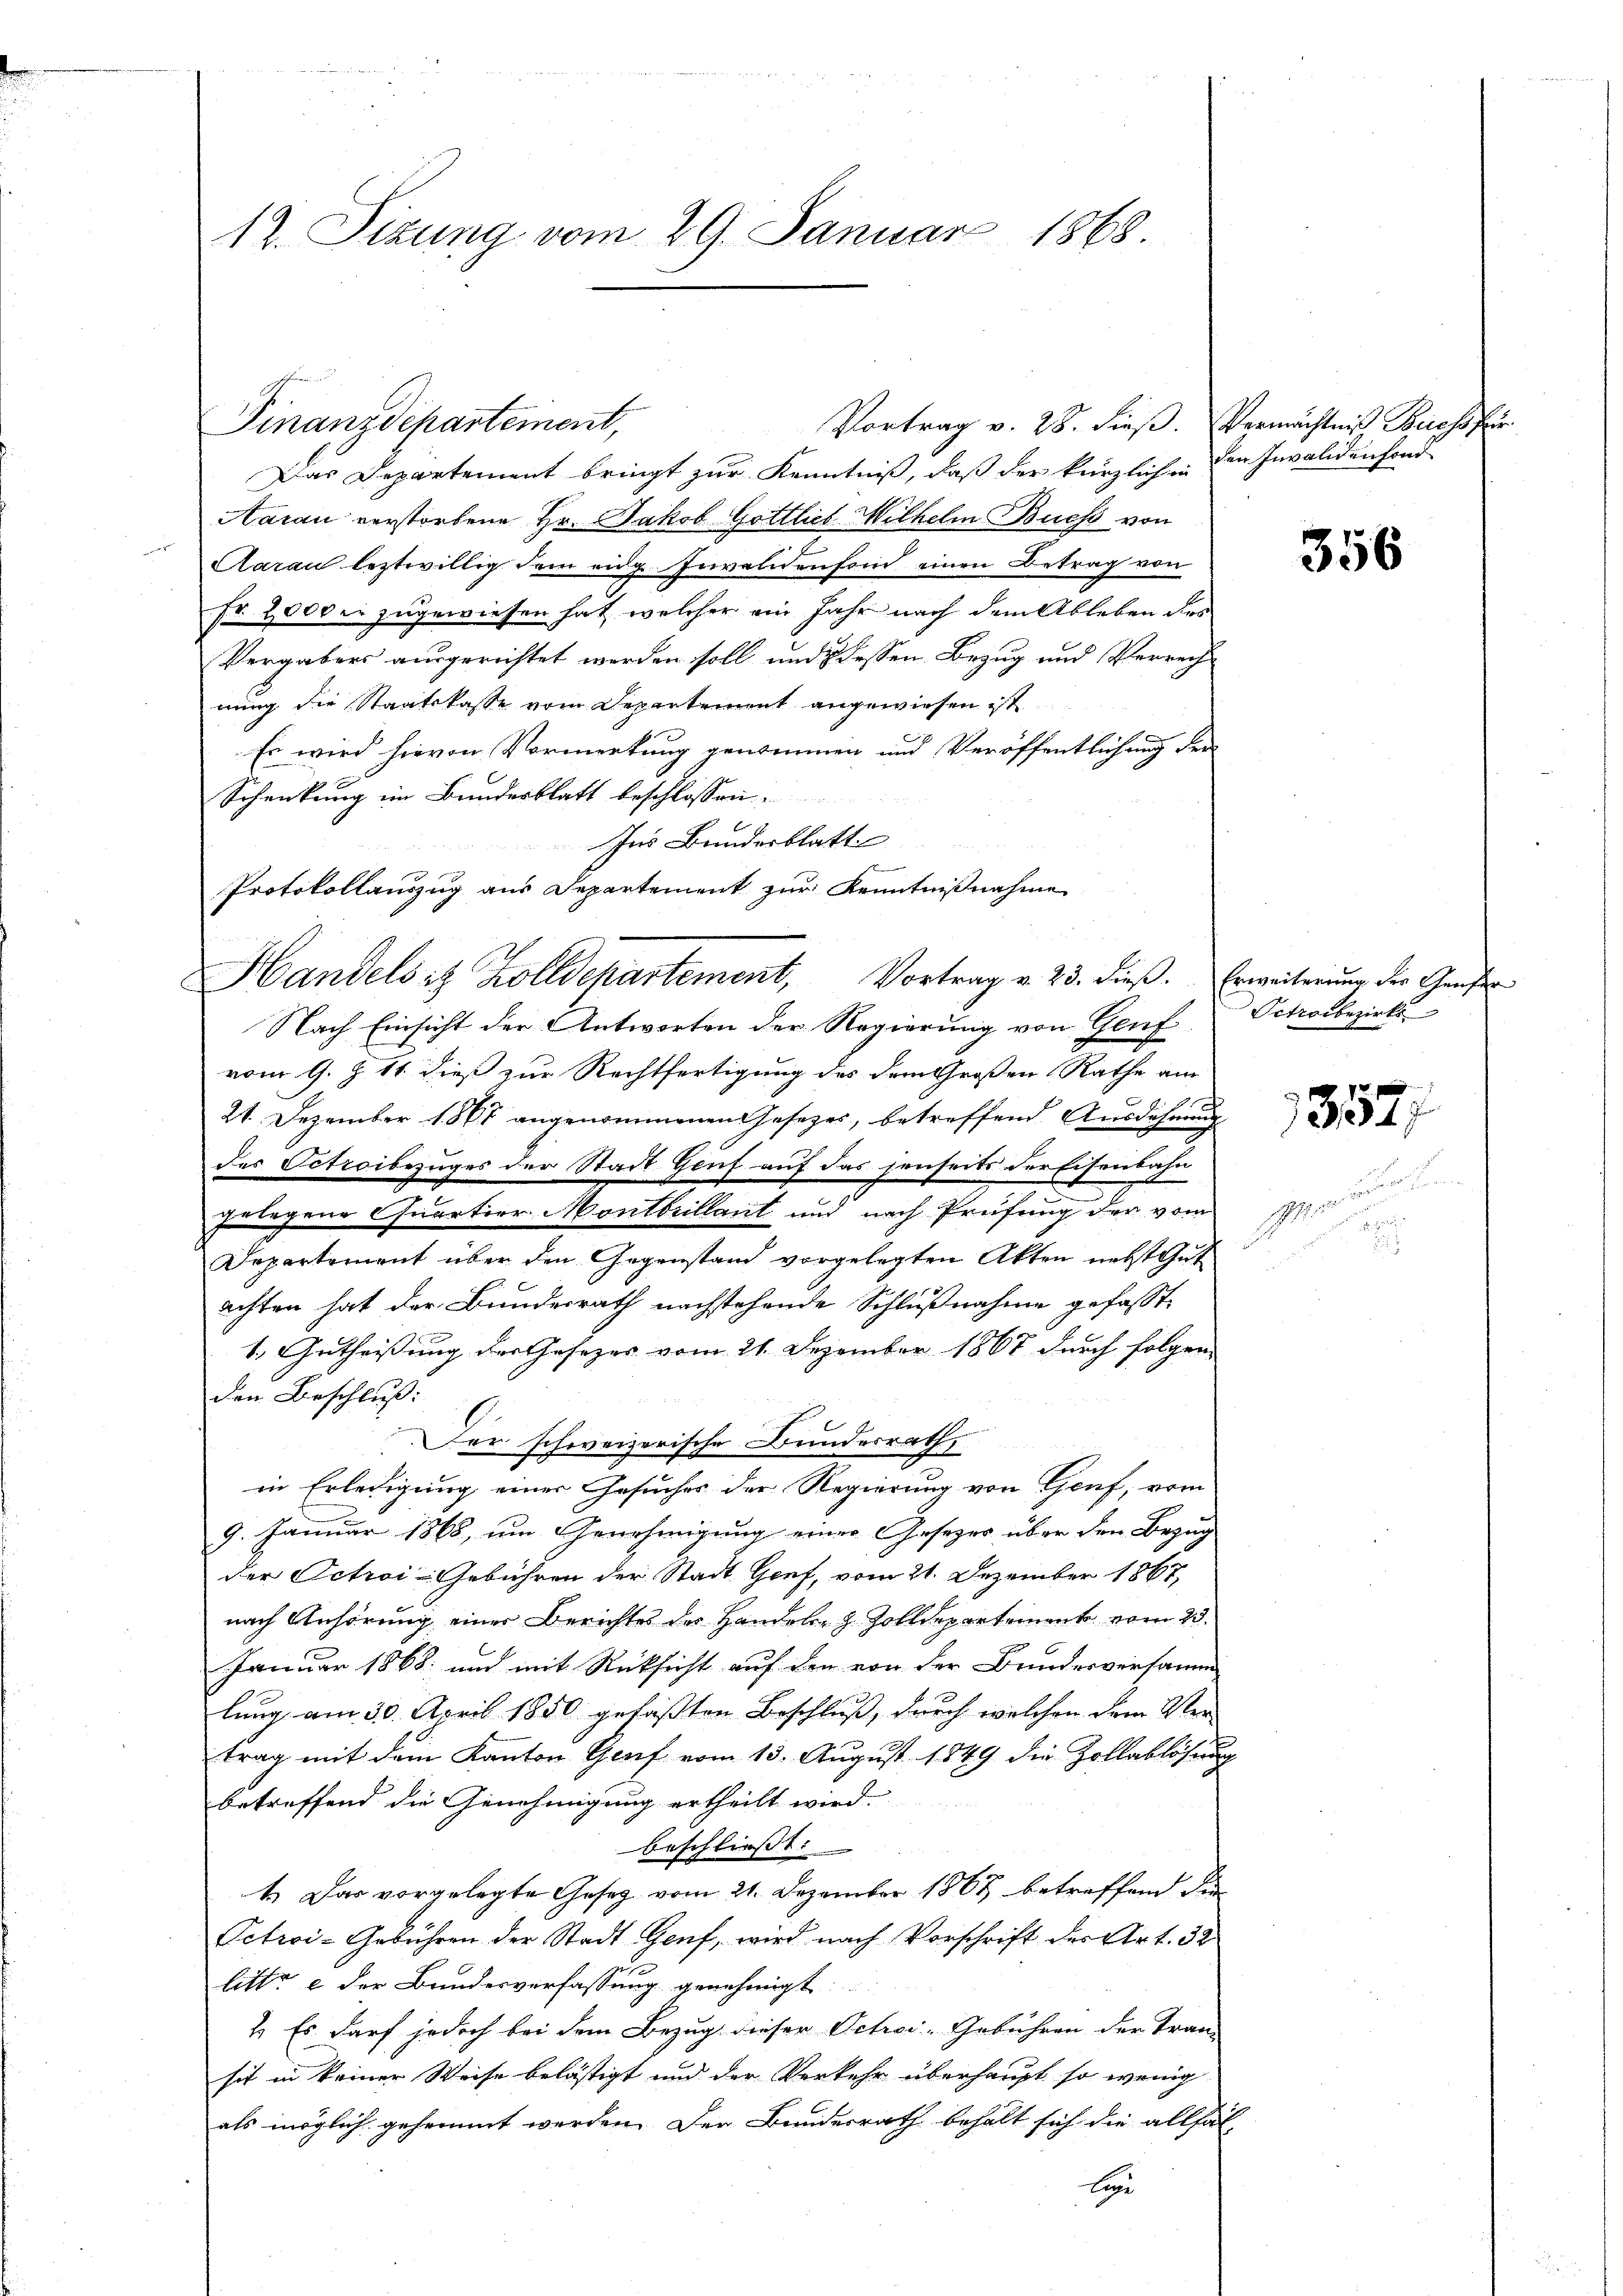
12. Sizung vom 29. Januar 1868.

Das Departement bringt zur Kenntniß, daß der kürzlichen den Invalidenfond
Aarau verstorbene Hr. Jakob Gottlieb Wilhelm Buchs von
Aarau leztwillig dem eidg. Invalidenfond einen Betrag von
fr 2000 ei zugewiesen hat, welcher ein Jahr nach dem Ableben des
Vergabers ausgerichtet werden soll, und dessen Bezug und Verrech
nung die Staatskasse vom Departement angewiesen ist
Es wird hievon Vormerkung genommen und Veröffentlichung der
Schenkung im Bundesblatt beschlossen:
Ins Bundesblatt
Protokollauszug aus Departement zur Kenntnißnahme

Finanzdepartement,

Handelsitz Zolldepartement, Vortrag v. 23. dieß. Erweiterung der Geister
Nach Einsicht der Antworten der Regierung von Genf

vom 9. Z. 11. dieß zur Rechtfertigung des dem Großen Rathe am
21. Dezember 1867 angenommenen Gesetzes, betreffend Ausdehnung
des Octroibezuges der Stadt Genf auf das jenseits der Eisenbahn
gelegene Quartier Montbrillant und nach Prüfung der vom
Departement über den Gegenstand vorgelegten Akten nebst Gut
achten hat der Bundesrath nachstehende Schlußnahme gefasst
1.) Gutheißung der Gesezes vom 21. Dezember 1867 durch folgen
den Beschluß:
Der schweizerische Bundesrath,
in Erledigung einer Gesuches der Regierung von Genf, vom
9. Januar 1868, um Genehmigung einer Gesetzes über den Bezug
der Octroi-Gebühren der Stadt Genf, vom 21. Dezember 1867,
nach Anhörung einer Berichtes der Handeln z. Zolldepartement vom 23.
Januar 1868, und mit Rücksicht auf den von der Bundesversamm
lung am 30. April 1850 gefaßten Beschluß, durch welchen dem Vertrag mit dem Kanton Genf vom 13. August 1849 die Zollablösung
betreffend die Genehmigung ertheilt wird.
beschließt:
4.) Das vorgelegte Gesetz vom 21. Dezember 1867 betreffend die
Petroi-Gebühren der Stadt Genf, wird nach Vorschrift der Art. 32
litte e der Bundesverfassung genehmigt.
2. Es darf jedoch bei dem Bezug dieser Oetrei-Gebühren der Tran-
sit in keiner Weise belästigt und der Verkehr überhaupt so wenig
als möglich gehemmt werden. Der Bundesrath behalt sich die allfal-
leg

Vortrag v. 28. dieß. Vermächtnis Buchs für

356

Sctrobezirks

352